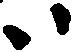
ハ